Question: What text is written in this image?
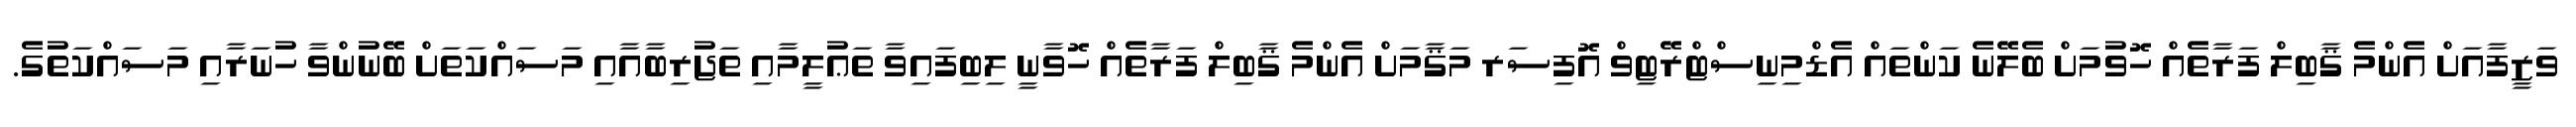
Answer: ވަޒީފާއަށް އެންމެ ޤާބިލް ފަރާތެއް ހޮވުމަށް ބެލޭނެ ކަންތައް އެޑްމިނިސްޓްރޭޓިވް އޮފިސަރ މަޤާމަށް އެންމެ ޤާބިލް ފަރާތެއް ހޮވާނީ ލިބިފައިވާ ތަޢުލީމާއި ތަޖުރިބާއާއި މަސައްކަތަށް ބޭނުންވާ ހުނަރާއި މަސައްކަތުގެ.